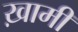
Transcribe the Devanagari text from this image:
ख़ामी